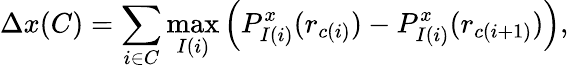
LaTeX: \Delta x(C)=\sum_{i\in C}\operatorname*{max}_{I(i)}\Big(P_{I(i)}^{x}(r_{c(i)})-P_{I(i)}^{x}(r_{c(i+1)})\Big),